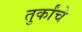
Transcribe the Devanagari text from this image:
तुर्कांचे